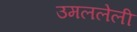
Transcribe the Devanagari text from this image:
उमललेली